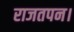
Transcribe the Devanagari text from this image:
राजतपन।